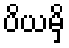
ပိယမှိ